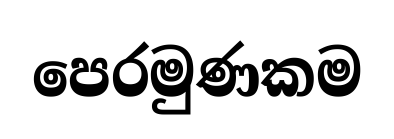
පෙරමුණකම